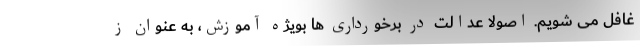
غافل می شویم. اصولا عدالت در برخورداری ها بویژه آموزش، به عنوان ز